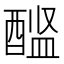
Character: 𨡼